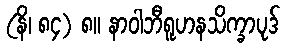
(နိ၊ ၈၄) ၈။ နာဝါဘီရူဟနသိက္ခာပုဒ်